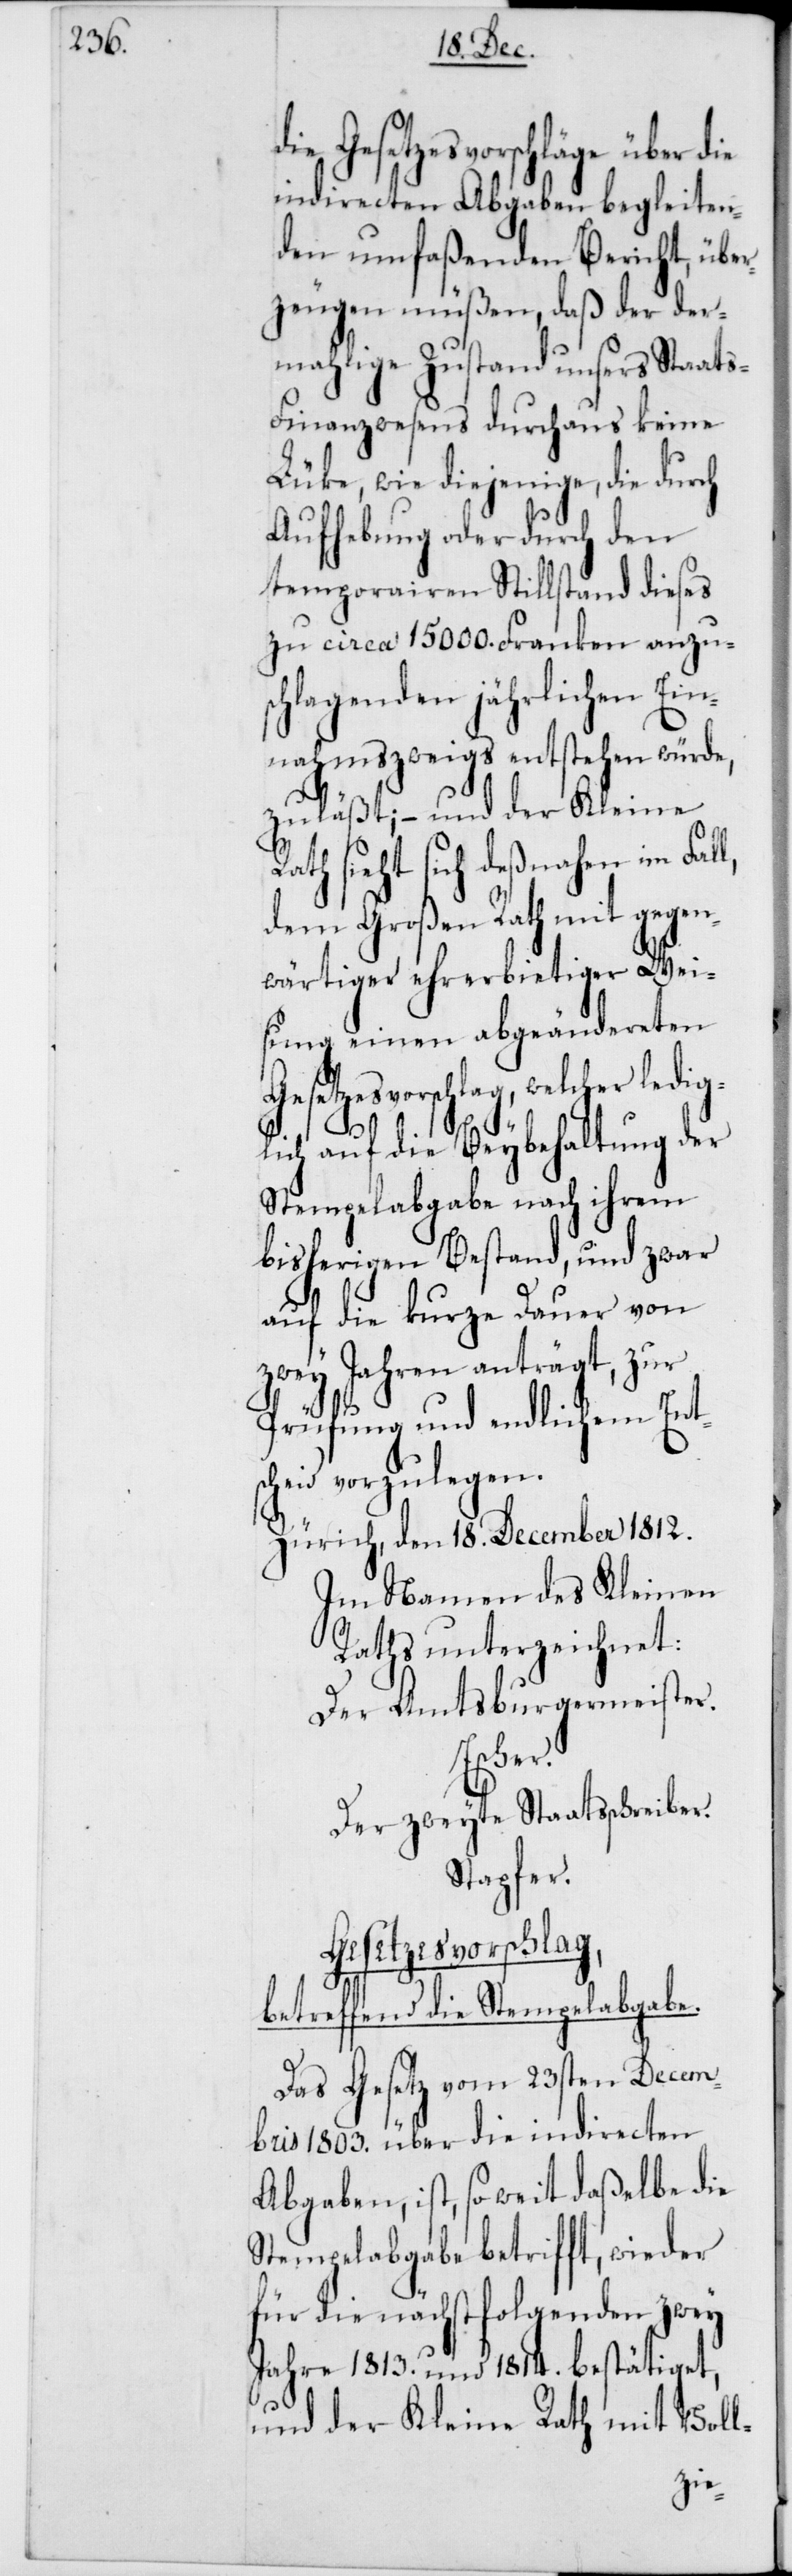
die Gesetzesvorschläge über die
indirecten Abgaben begleite¬
ten umfaßenden Bericht, über¬
zeugen müßen, daß der der¬
mahlige Zustand unsers Staat¬
s-Finanzwesens durchaus keine
Lüke, wie diejenige, die durch
Aufhebung oder durch den
temporairen Stillstand dieses
zu circa 15 000 Franken anzu¬
schlagenden jährlichen Ein¬
nahmszweigs entstehen würde,
zuläßt; – und der Kleine
Rath sieht sich deßnahen im Fal¬
dem Großen Rath mit gegen¬
wärtiger ehrerbietiger Wei¬
sung einen abgeändereten
Gesetzesvorschlag, welcher ledig¬
l,
lich auf die Beybehaltung der
Stempelabgabe nach ihrem
bisherigen Bestand, und zwar
auf die kurze Dauer von
zwey Jahren anträgt, zur
Prüfung und endlichem Ent¬
scheid vorzulegen.
Zürich, den 18. December 1812.
Im Namen des Kleinen
Raths unterzeichnet:
Der Amtsburgermeister.
Escher.
Der zweyte Staatsschreiber.
Stapfer.
Gesetzesvorschlag,
betreffend die Stempelabgabe.
Das Gesetz vom 23sten Decem¬
ber 1803. über die indirecten
Abgaben, ist, so weit daßelbe die
Stempelabgabe betrifft, wieder
für die nächstfolgenden zwey
Jahre 1813. und 1814. bestätiget,
und der Kleine Rath mit Voll-